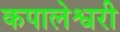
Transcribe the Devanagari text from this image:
कपालेश्वरी